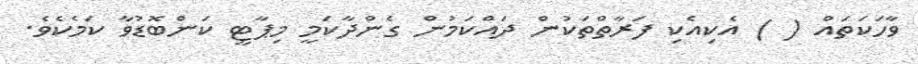
ވާހަކަތައް ( ) އެކިއެކި ފަރާތްތަކުން ދައްކަމުން ގެންދާކަމީ މިޕާޓީ ކަންބޮޑުވާ ކަމެކެވެ.